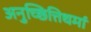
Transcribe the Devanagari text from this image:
अनुच्छित्तिधर्मा